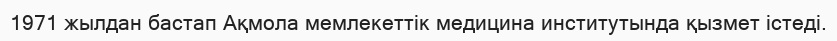
1971 жылдан бастап Aқмола мемлекеттік медицина институтында қызмет істеді.